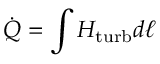
\dot { Q } = \int H _ { \mathrm { t u r b } } d \ell